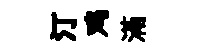
汀鸡滿